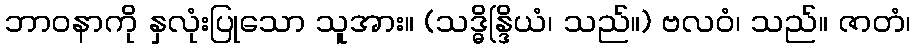
ဘာဝနာကို နှလုံးပြုသော သူအား။ (သဒ္ဓိန္ဒြိယံ၊ သည်။) ဗလဝံ၊ သည်။ ဇာတံ၊